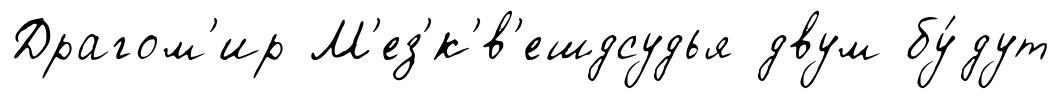
Драгом'ир М'ез'́к'в'ешдсудья двум бу́дут